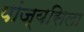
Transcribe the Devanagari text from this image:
पांज्यसिला